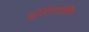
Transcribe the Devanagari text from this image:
इंजिनचलित